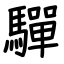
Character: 驒